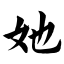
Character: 她